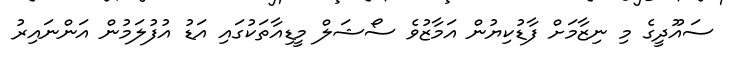
ސައޫދީގެ މި ނިޒާމަށް ފާޑުކިޔުން އަމާޒުވެ ސޯޝަލް މީޑިއާތަކުގައި އަޑު އުފުލަމުން އަންނައިރު